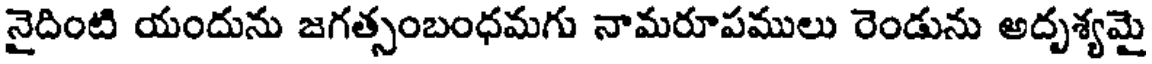
నైదింటి యందును జగత్సంబంధమగు నామరూపములు రెండును అదృశ్యమై